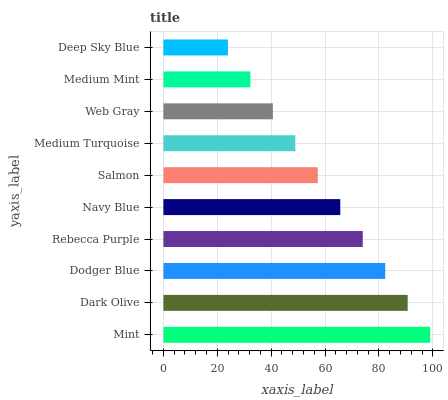
| yaxis_label | bars |
 | --- | --- |
 | Mint | 99 |
 | Dark Olive | 90.7 |
 | Dodger Blue | 82.3 |
 | Rebecca Purple | 74 |
 | Navy Blue | 65.6 |
 | Salmon | 57.3 |
 | Medium Turquoise | 49 |
 | Web Gray | 40.6 |
 | Medium Mint | 32.3 |
 | Deep Sky Blue | 23.9 |